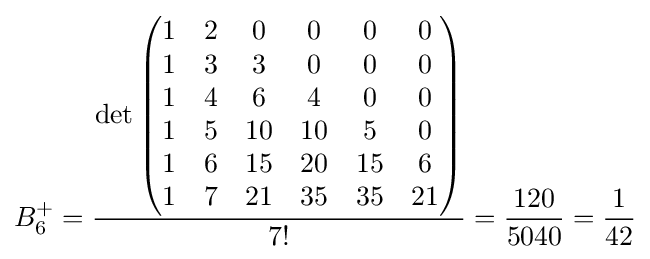
B_{6}^{+}={\frac {\det {\begin{pmatrix}1&2&0&0&0&0\\1&3&3&0&0&0\\1&4&6&4&0&0\\1&5&10&10&5&0\\1&6&15&20&15&6\\1&7&21&35&35&21\end{pmatrix}}}{7!}}={\frac {120}{5040}}={\frac {1}{42}}